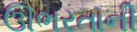
ઊભરતાની